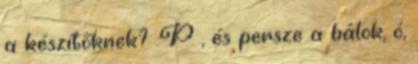
a készítőknek? :P , és persze a bálok, ó,